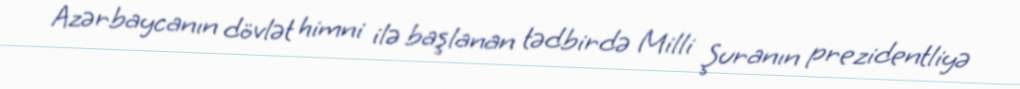
Azərbaycanın dövlət himni ilə başlanan tədbirdə Milli Şuranın prezidentliyə